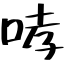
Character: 哮